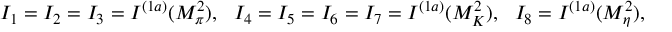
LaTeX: I _ { 1 } = I _ { 2 } = I _ { 3 } = I ^ { ( 1 a ) } ( M _ { \pi } ^ { 2 } ) , \ \ I _ { 4 } = I _ { 5 } = I _ { 6 } = I _ { 7 } = I ^ { ( 1 a ) } ( M _ { K } ^ { 2 } ) , \ \ I _ { 8 } = I ^ { ( 1 a ) } ( M _ { \eta } ^ { 2 } ) ,